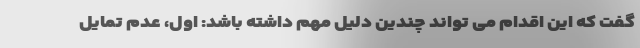
گفت که این اقدام می تواند چندین دلیل مهم داشته باشد: اول، عدم تمایل